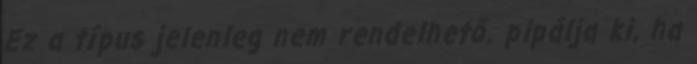
Ez a típus jelenleg nem rendelhető. pipálja ki, ha